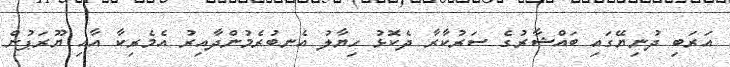
އަރަބި ދުނިޔޭގައި ބައްޝާރުގެ ސަރުކާރާ ދެކޮޅު ހިޔާލު އެނބުރެމުންދާއިރު އެމެރިކާ އާއި ޔޫރަޕުން